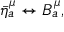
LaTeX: \bar { \eta } _ { a } ^ { \mu } \leftrightarrow B _ { a } ^ { \mu } ,